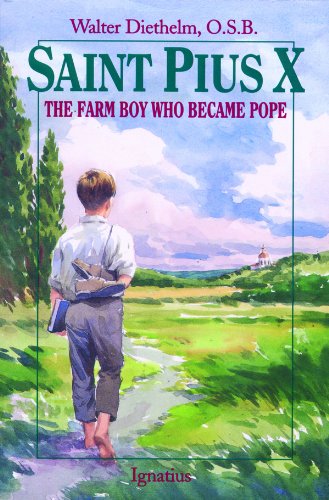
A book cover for St. Pius X : The Farm Boy Who Became Pope; Walter Diethelm; Christian Books & Bibles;